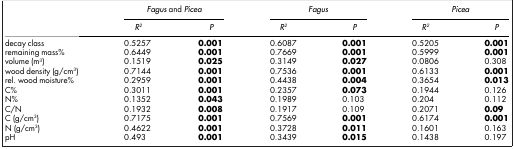
<table><thead><tr><td><b> </b></td><td colspan="2"><b><i>Fagus</i> and <i>Picea</i></b></td><td colspan="2"><b><i>Fagus</i></b></td><td colspan="2"><b><i>Picea</i></b></td></tr><tr><td><b> </b></td><td><b><i>R<sup>2</sup></i></b></td><td><b><i>P</i></b></td><td><b><i>R<sup>2</sup></i></b></td><td><b><i>P</i></b></td><td><b><i>R<sup>2</sup></i></b></td><td><b><i>P</i></b></td></tr></thead><tbody><tr><td>decay class</td><td>0.5257</td><td><b>0.001</b></td><td>0.6087</td><td><b>0.001</b></td><td>0.5205</td><td><b>0.001</b></td></tr><tr><td>remaining mass%</td><td>0.6449</td><td><b>0.001</b></td><td>0.7669</td><td><b>0.001</b></td><td>0.5999</td><td><b>0.001</b></td></tr><tr><td>volume (m<sup>3</sup>)</td><td>0.1519</td><td><b>0.025</b></td><td>0.3149</td><td><b>0.027</b></td><td>0.0806</td><td>0.308</td></tr><tr><td>wood density (g/cm<sup>3</sup>)</td><td>0.7144</td><td><b>0.001</b></td><td>0.7536</td><td><b>0.001</b></td><td>0.6133</td><td><b>0.001</b></td></tr><tr><td>rel. wood moisture%</td><td>0.2959</td><td><b>0.001</b></td><td>0.4438</td><td><b>0.004</b></td><td>0.3654</td><td><b>0.013</b></td></tr><tr><td>C%</td><td>0.3011</td><td><b>0.001</b></td><td>0.2357</td><td><b>0.073</b></td><td>0.1944</td><td>0.126</td></tr><tr><td>N%</td><td>0.1352</td><td><b>0.043</b></td><td>0.1989</td><td>0.103</td><td>0.204</td><td>0.112</td></tr><tr><td>C/N</td><td>0.1932</td><td><b>0.008</b></td><td>0.1917</td><td>0.109</td><td>0.2071</td><td><b>0.09</b></td></tr><tr><td>C (g/cm<sup>3</sup>)</td><td>0.7175</td><td><b>0.001</b></td><td>0.7569</td><td><b>0.001</b></td><td>0.6174</td><td><b>0.001</b></td></tr><tr><td>N (g/cm<sup>3</sup>)</td><td>0.4622</td><td><b>0.001</b></td><td>0.3728</td><td><b>0.011</b></td><td>0.1601</td><td>0.163</td></tr><tr><td>pH</td><td>0.493</td><td><b>0.001</b></td><td>0.3439</td><td><b>0.015</b></td><td>0.1438</td><td>0.197</td></tr></tbody></table>